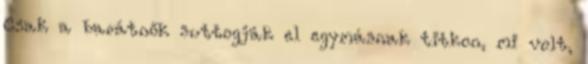
Csak a barátnők suttogják el egymásnak titkon, mi volt,